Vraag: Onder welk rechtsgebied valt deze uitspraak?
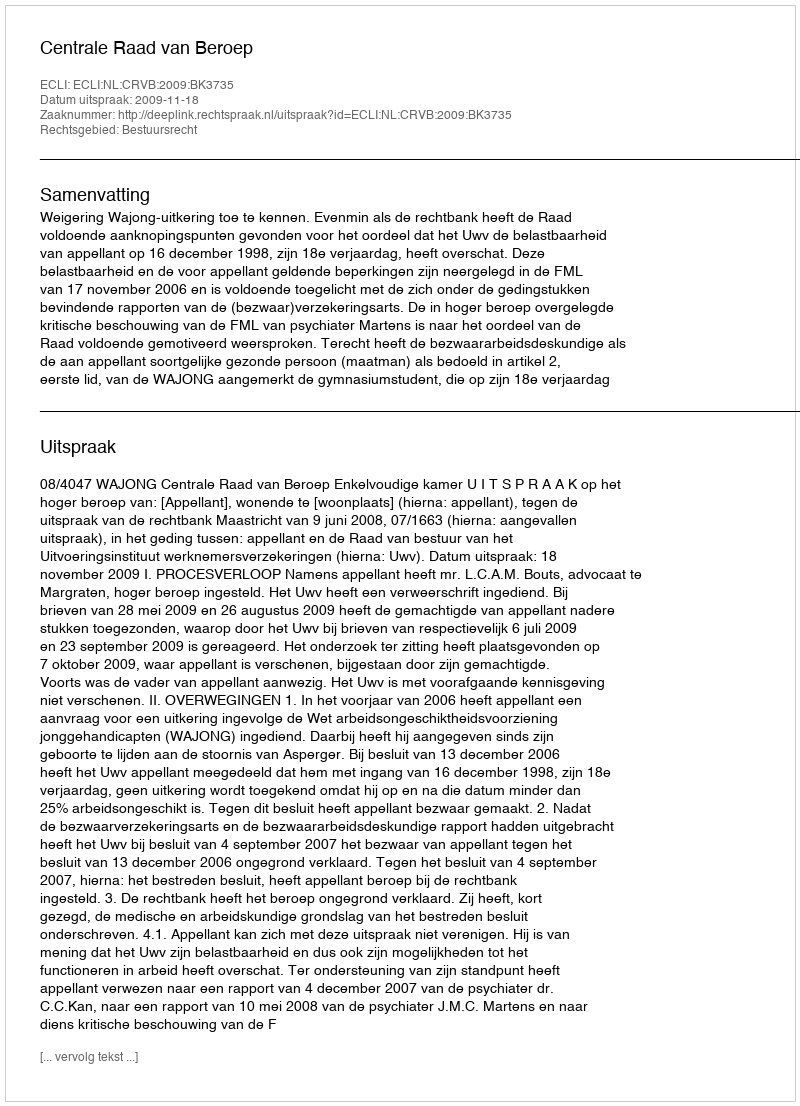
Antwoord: Bestuursrecht